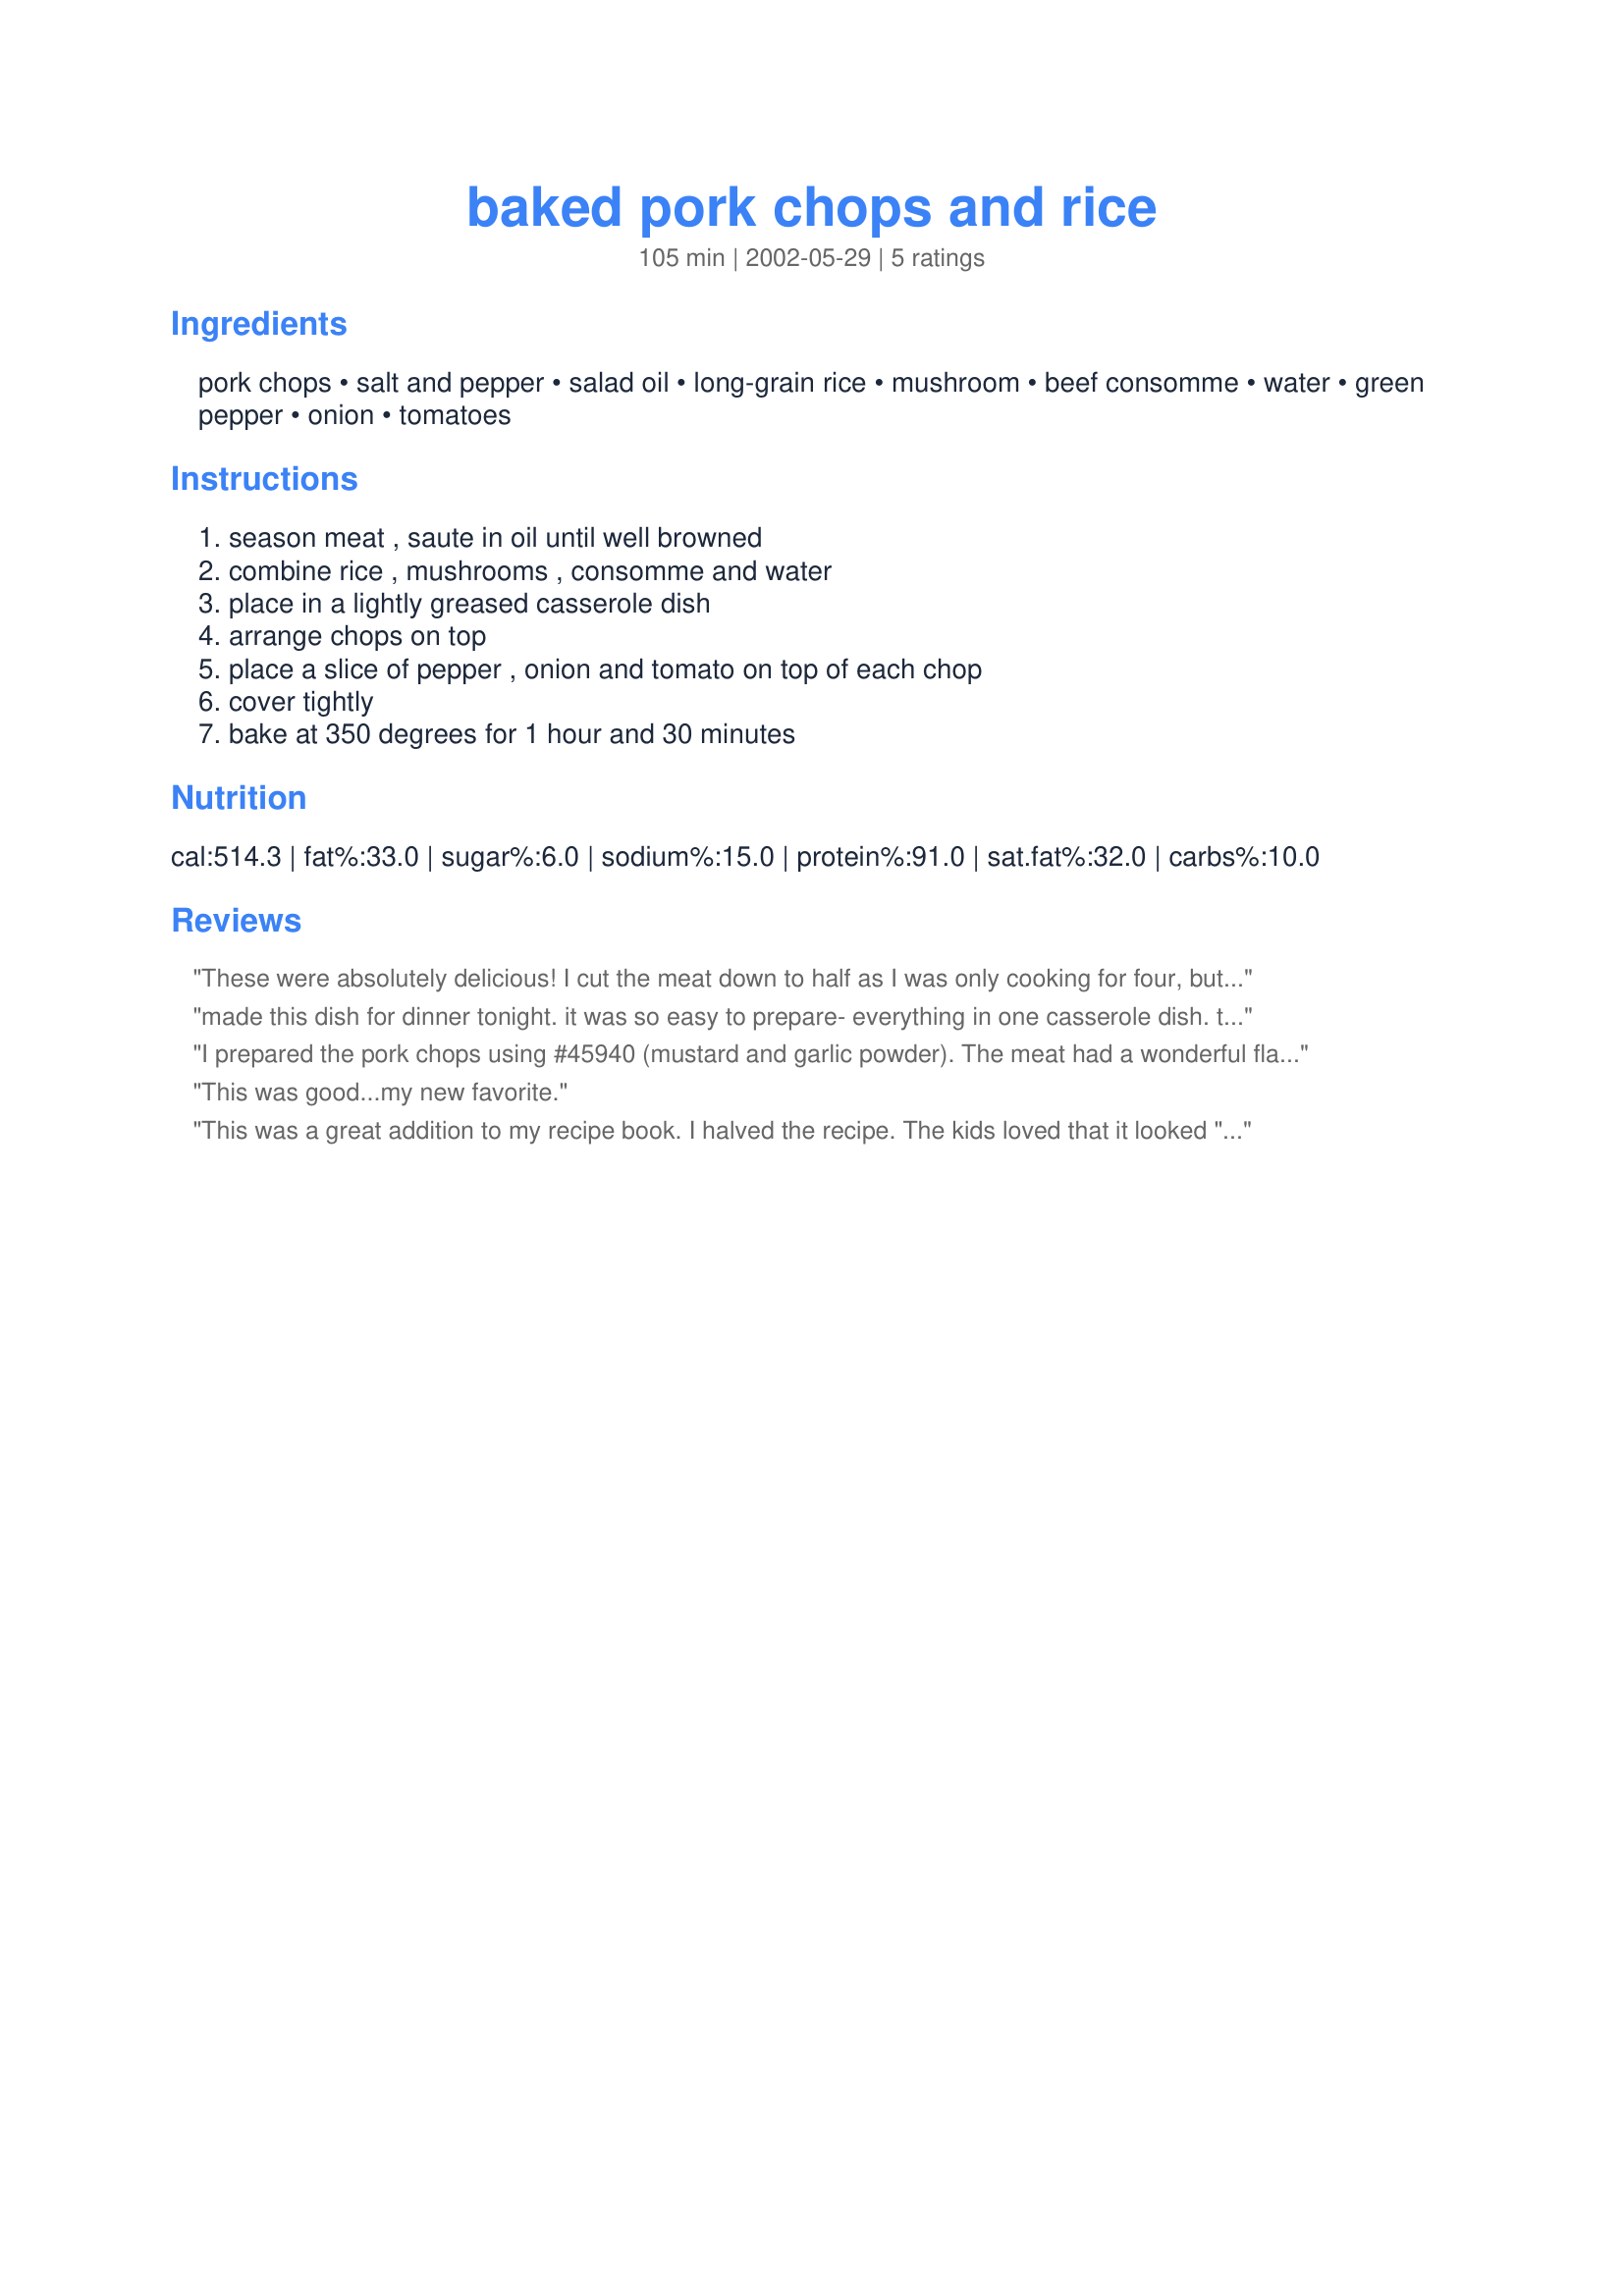
baked pork chops and rice
Preparation time: 105 minutes

Ingredients:
pork chops, salt and pepper, salad oil, long-grain rice, mushroom, beef consomme, water, green pepper, onion, tomatoes

Steps:
season meat , saute in oil until well browned, combine rice , mushrooms , consomme and water, place in a lightly greased casserole dish, arrange chops on top, place a slice of pepper , onion and tomato on top of each chop, cover tightly, bake at 350 degrees for 1 hour and 30 minutes

Reviews:
These were absolutely delicious! I cut the meat down to half as I was only cooking for four, but used the full recipe for everything else. Even my non-Pork eating daughter ate the rice (she grumbled before hand that it wasn't going to be plain rice). My husband raved about how good this was, and I just had to agree. My third daughter stopped in while we were eating and she had to have some too! This is definitely a keeper. It was quick to put together. The chops were moist and melt in your mouth tender! Thanks for sharing, Dancer^!
made this dish for dinner tonight. it was so easy to prepare- everything in one casserole dish. the whole family enjoyed it. will definately have this again. thanks!
I prepared the pork chops using #45940 (mustard and garlic powder). The meat had a wonderful flavor. I doubled the rice because my boys eat alot. A great recipe.
This was good...my new favorite.
This was a great addition to my recipe book. I halved the recipe. The kids loved that it looked "fancy" and I loved that it tasted good. Thanks for sharing.
